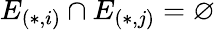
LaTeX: E_{(*,i)}\cap E_{(*,j)}=\varnothing